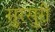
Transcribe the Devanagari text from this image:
सुरसुरी